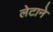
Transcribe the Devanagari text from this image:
लेटाने